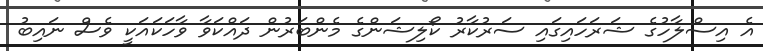
އެ އިސްލާހުގެ ޝަރަހައިގައި ސަރުކާރު ކޯލިޝަންގެ މެންބަރުން ދައްކަވާ ވާހަކައަކީ ވެސް ނައިބު